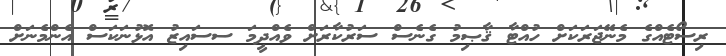
ރިސޯޓެއްގެ މެނޭޖަރަކަށް ހުއްޓާ ޤާޞިމު ގެނެސް ސަރުކާރަށް ވެއްދީމަ ސސައިޒު އޮޅުނަކަސް އެންމެނަށް